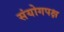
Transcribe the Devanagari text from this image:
संयोगपक्ष